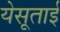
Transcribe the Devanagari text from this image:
येसूताई